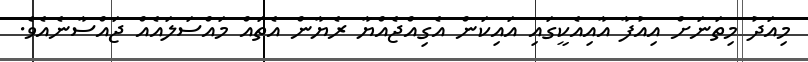
މިއަދު މިތަނަށް އިއުފާ އާއިއެކީގައި އައިކަން އެގިއްޖެއްޔާ ރެޔާން އެތައް މައްސަލައެއް ޖައްސާނެއެވެ.